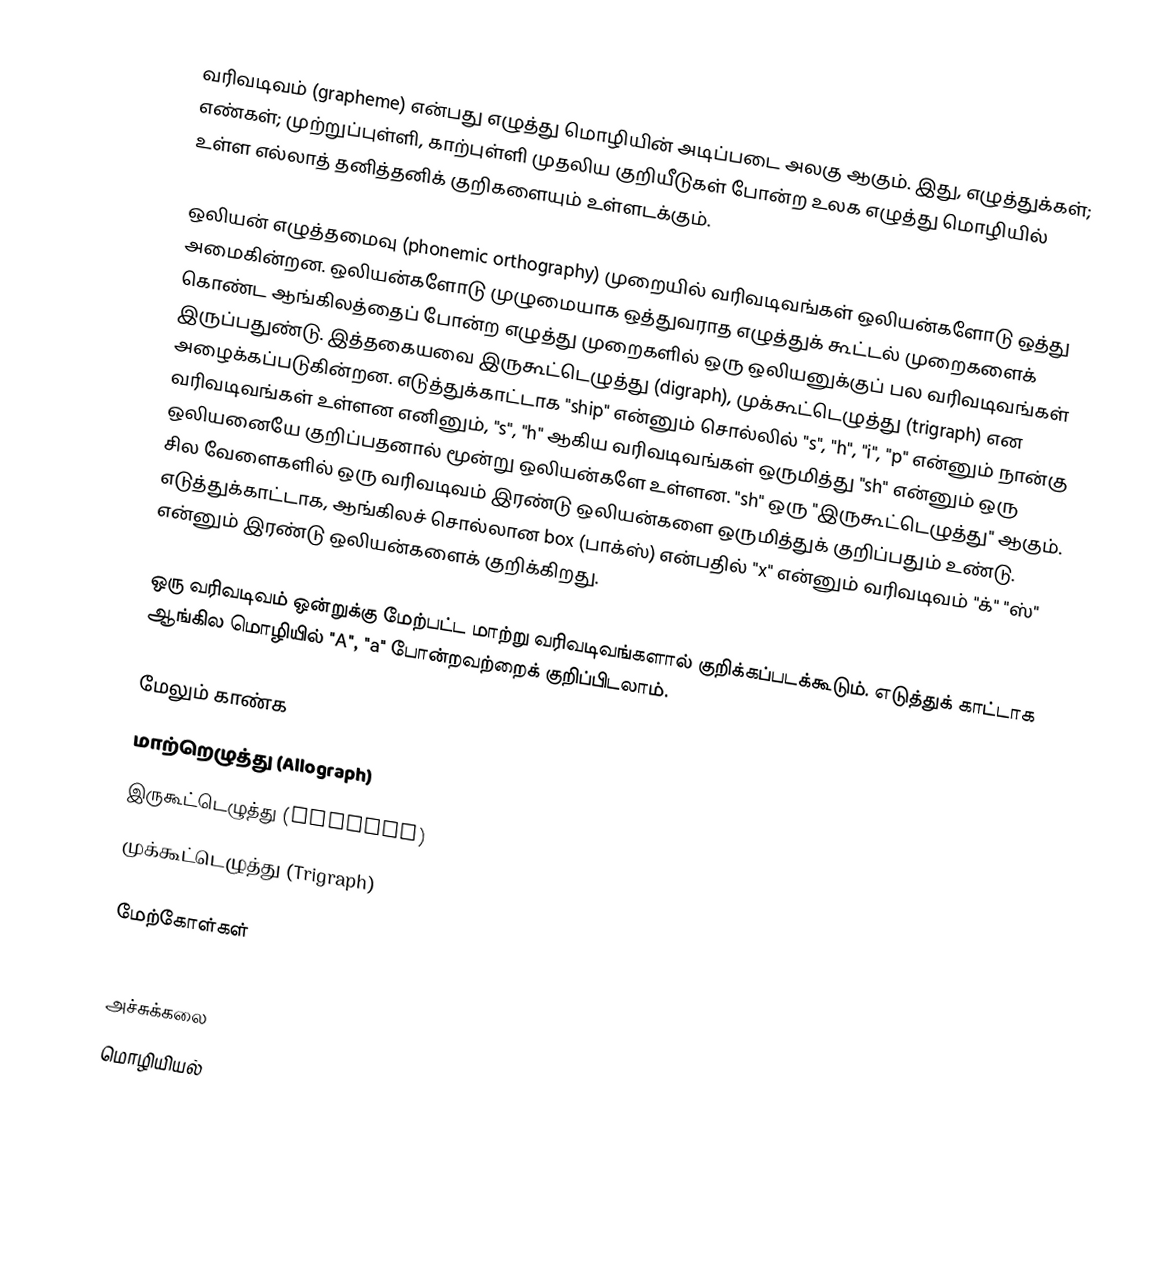
வரிவடிவம் (grapheme) என்பது எழுத்து மொழியின் அடிப்படை அலகு ஆகும். இது, எழுத்துக்கள்; எண்கள்; முற்றுப்புள்ளி, காற்புள்ளி முதலிய குறியீடுகள் போன்ற உலக எழுத்து மொழியில் உள்ள எல்லாத் தனித்தனிக் குறிகளையும் உள்ளடக்கும்.

ஒலியன் எழுத்தமைவு (phonemic orthography) முறையில் வரிவடிவங்கள் ஒலியன்களோடு ஒத்து அமைகின்றன. ஒலியன்களோடு முழுமையாக ஒத்துவராத எழுத்துக் கூட்டல் முறைகளைக் கொண்ட ஆங்கிலத்தைப் போன்ற எழுத்து முறைகளில் ஒரு ஒலியனுக்குப் பல வரிவடிவங்கள் இருப்பதுண்டு. இத்தகையவை இருகூட்டெழுத்து (digraph), முக்கூட்டெழுத்து (trigraph) என அழைக்கப்படுகின்றன. எடுத்துக்காட்டாக "ship" என்னும் சொல்லில் "s", "h", "i", "p" என்னும் நான்கு வரிவடிவங்கள் உள்ளன எனினும், "s", "h" ஆகிய வரிவடிவங்கள் ஒருமித்து "sh" என்னும் ஒரு ஒலியனையே குறிப்பதனால் மூன்று ஒலியன்களே உள்ளன. "sh" ஒரு "இருகூட்டெழுத்து" ஆகும். சில வேளைகளில் ஒரு வரிவடிவம் இரண்டு ஒலியன்களை ஒருமித்துக் குறிப்பதும் உண்டு. எடுத்துக்காட்டாக, ஆங்கிலச் சொல்லான box (பாக்ஸ்) என்பதில் "x" என்னும் வரிவடிவம் "க்" "ஸ்" என்னும் இரண்டு ஒலியன்களைக் குறிக்கிறது.

ஒரு வரிவடிவம் ஒன்றுக்கு மேற்பட்ட மாற்று வரிவடிவங்களால் குறிக்கப்படக்கூடும். எடுத்துக் காட்டாக ஆங்கில மொழியில் "A", "a" போன்றவற்றைக் குறிப்பிடலாம்.

மேலும் காண்க
 மாற்றெழுத்து (Allograph)
 இருகூட்டெழுத்து (Digraph)
 முக்கூட்டெழுத்து (Trigraph)

மேற்கோள்கள்

அச்சுக்கலை
மொழியியல்